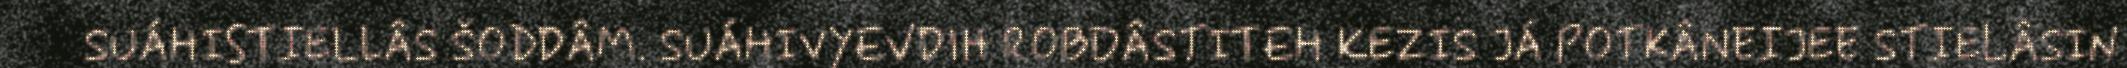
SUÁHISTIELLÂS ŠODDÂM. SUÁHIVYEVDIH ROBDÂSTITEH KEZIS JÁ POTKÂNEIJEE STIELÂSIN